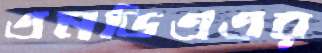
এনডিএএর